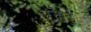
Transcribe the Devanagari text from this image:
टढेई